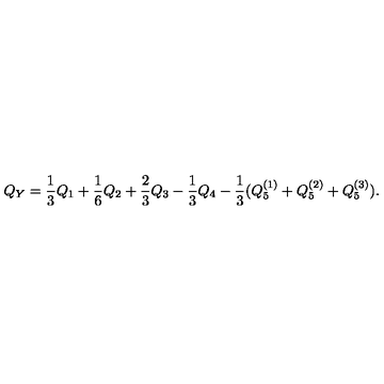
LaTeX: Q _ { Y } = \frac { 1 } { 3 } Q _ { 1 } + \frac { 1 } { 6 } Q _ { 2 } + \frac { 2 } { 3 } Q _ { 3 } - \frac { 1 } { 3 } Q _ { 4 } - \frac { 1 } { 3 } ( Q _ { 5 } ^ { ( 1 ) } + Q _ { 5 } ^ { ( 2 ) } + Q _ { 5 } ^ { ( 3 ) } ) .